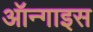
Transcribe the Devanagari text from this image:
ऑन्गाइस